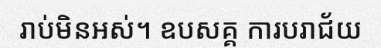
រាប់មិនអស់។ ឧបសគ្គ ការបរាជ័យ